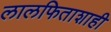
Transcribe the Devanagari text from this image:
लालफिताशाही